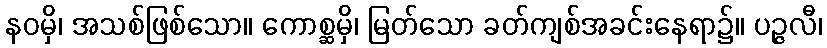
နဝမှိ၊ အသစ်ဖြစ်သော။ ကောစ္ဆမှိ၊ မြတ်သော ခတ်ကျစ်အခင်းနေရာ၌။ ပဉ္ဇလီ၊